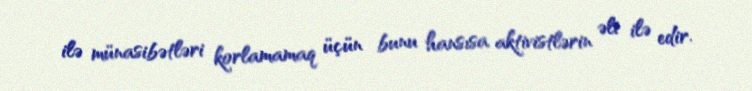
ilə münasibətləri korlamamaq üçün bunu hansısa aktivistlərin əli ilə edir.